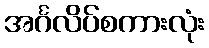
အင်္ဂလိပ်စကားလုံး